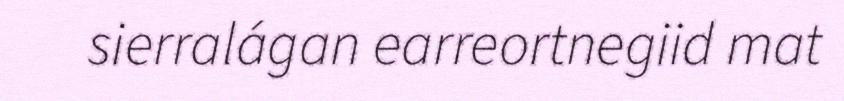
sierralágan earreortnegiid mat